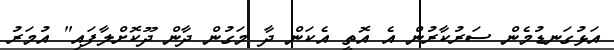
އަޅުގަނޑުމެން ސަރުކާރުން އެ އޮތީ އެކަން ދާ މަގުން ދާން ދޫކޮށްލާފައި" އުމަރު